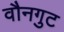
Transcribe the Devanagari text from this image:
वौनगुट